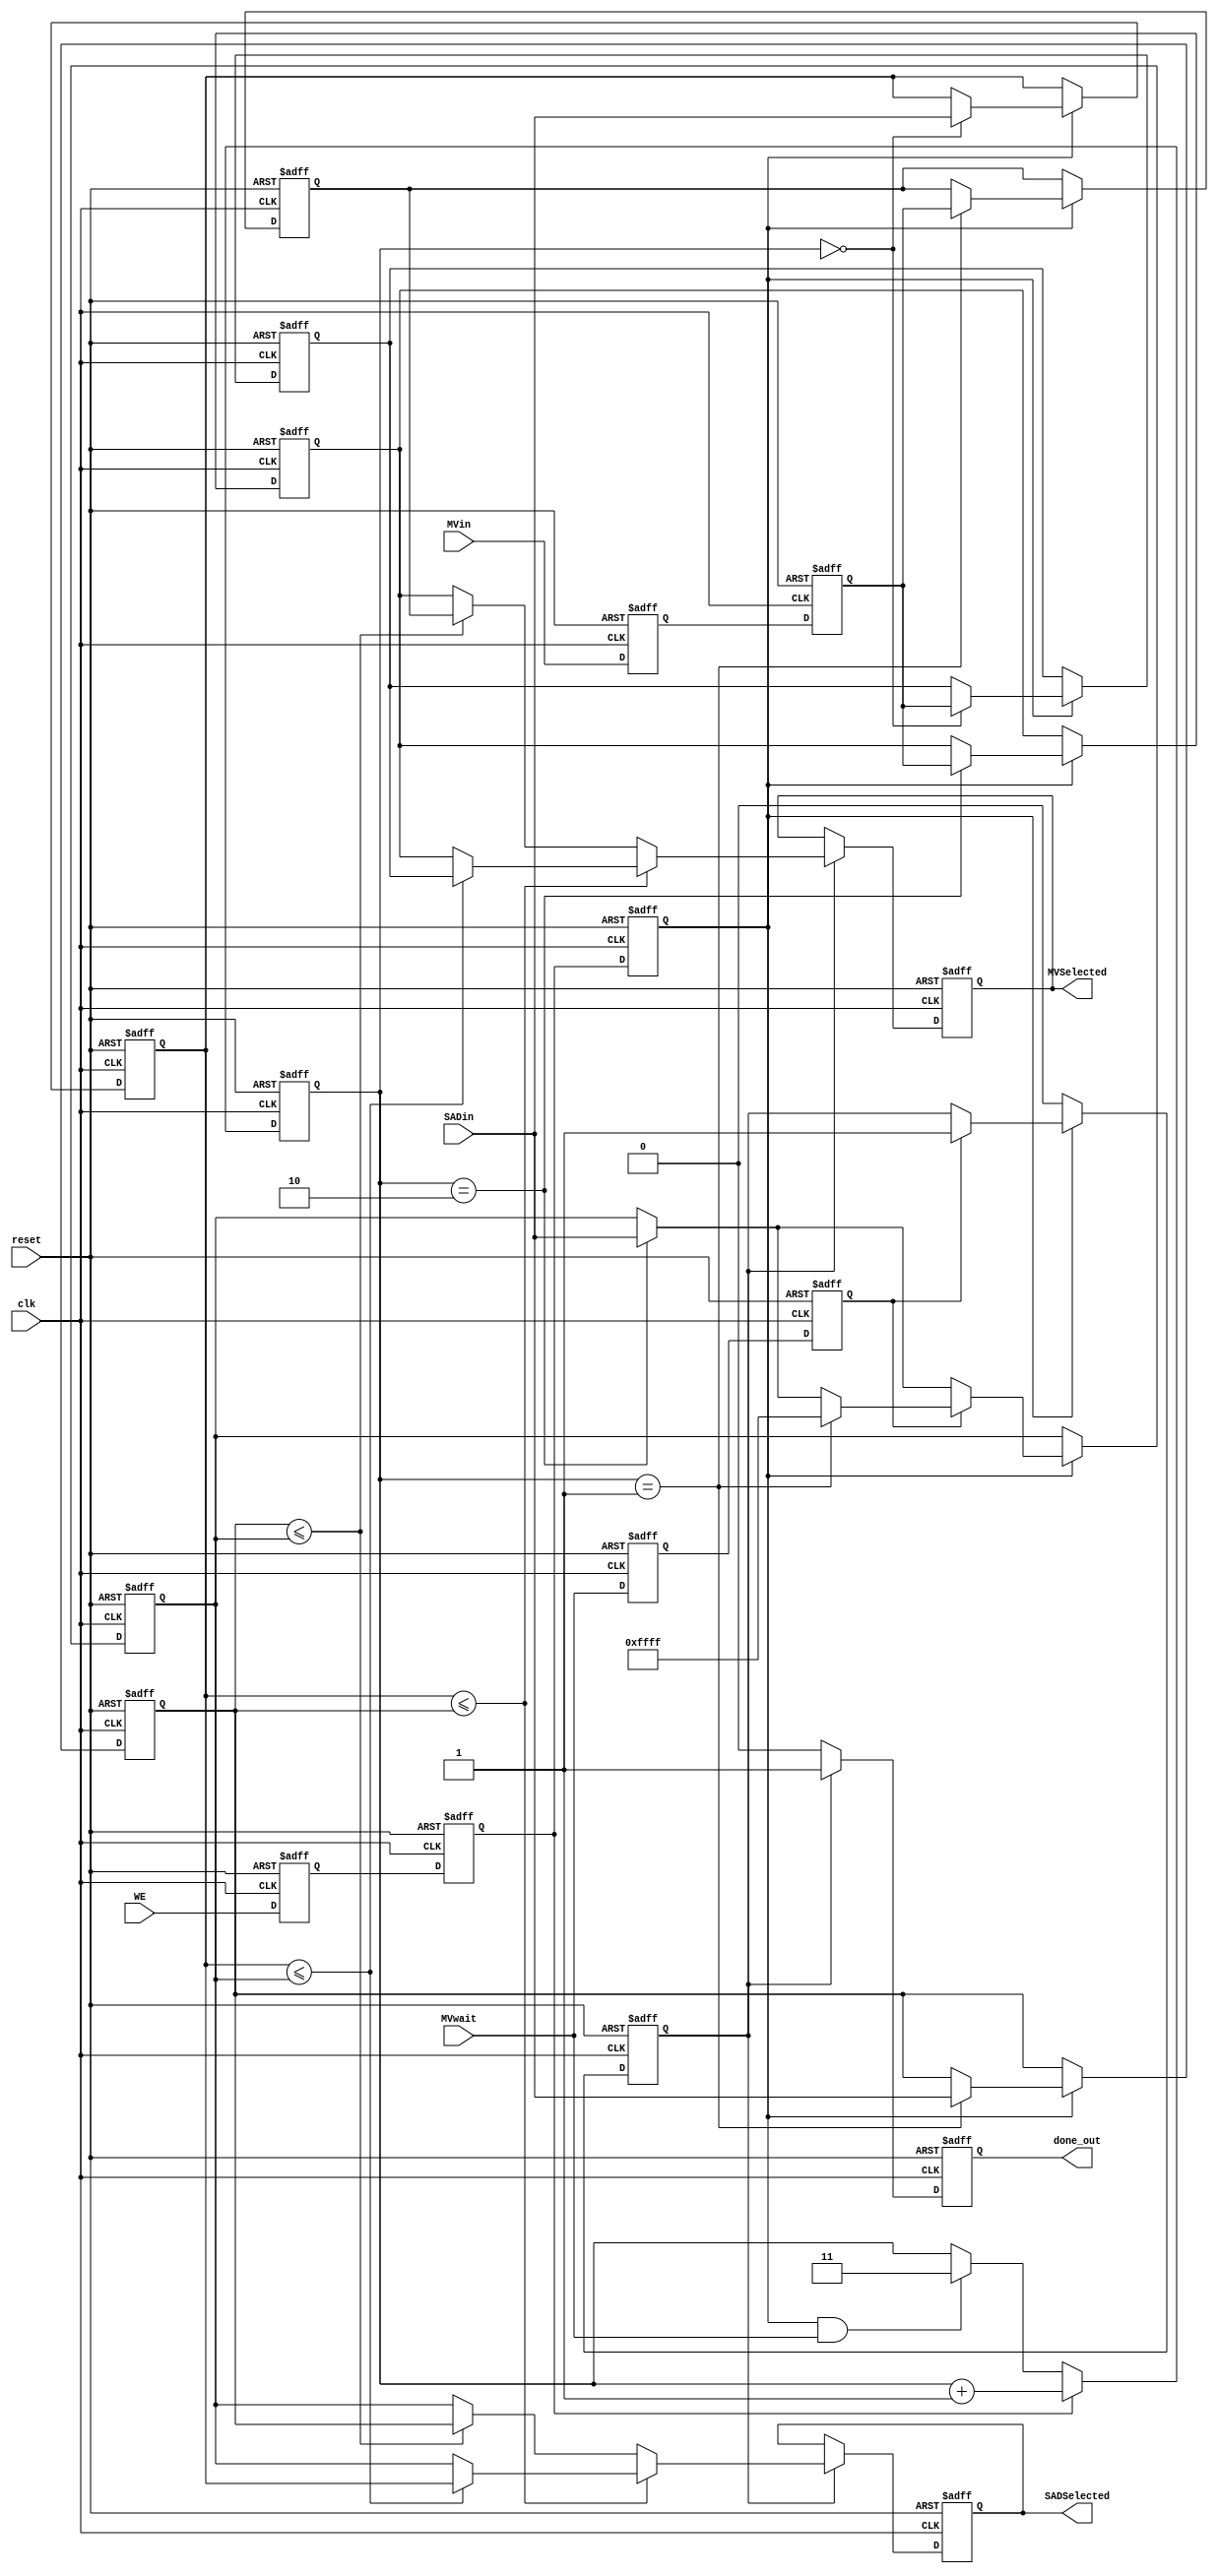
module MV_Selector(clk,reset,WE,SADin,MVin,MVSelected,SADSelected,done_out,MVwait);
input clk,reset,WE,MVwait;
input [15:0] SADin;
input [13:0] MVin;
output reg [15:0] SADSelected;
output reg [13:0] MVSelected;

reg [15:0] SADmin;
reg [13:0] MVmin;

reg [15:0] SADs [2:0];
reg [13:0] MVs [2:0];
reg [1:0] count;

reg WE_delay1, WE_delay2, WE_delay3,MVwait_delay1,MVwait_delay2;
reg [13:0] MV_delay1, MV_delay2, MV_delay3;
reg done;
output reg done_out;

integer i;

always @(posedge clk, posedge reset)
begin
    if (reset)
    begin
        WE_delay1 <= 0;
        WE_delay2 <= 0;
        WE_delay3 <= 0;
        MV_delay1 <= 0;
        MV_delay2 <= 0;
        MV_delay3 <= 0;
		MVwait_delay1 <= 0;
		MVwait_delay2 <= 0;
    end
    else
    begin
       WE_delay1 <= WE;
       WE_delay2 <= WE_delay1;
       WE_delay3 <= WE_delay2;
	   MVwait_delay1 <= MVwait;
	   MVwait_delay2 <= MVwait_delay1;
       MV_delay1 <= MVin;
       MV_delay2 <= MV_delay1;
       MV_delay3 <= MV_delay2;       
    end
end


always @(posedge clk, posedge reset)
begin
   if (reset)
   begin
		SADs[0] <= 16'hFFFF;
        MVs[0] <= 14'b0;
		SADs[1] <= 16'hFFFF;
        MVs[1] <= 14'b0;
		SADs[2] <= 16'hFFFF;
        MVs[2] <= 14'b0;
		done <= 1'b0;
	end
   else if (WE_delay3)
   begin
		SADs[count] <= SADin;
		MVs[count] <= MV_delay2;
		//if (WE_delay2)
		//count <= count + 1;
		//else
		//begin
			if (MVwait_delay2)
			begin
			if (count == 1)
				SADs[2] <= 16'hFFFF;
			//count <= 2'b0;
			done <= 1'b1;
			end
		//end 
   end
   else
      done <= 1'b0;
end

always @(posedge clk, posedge reset)
begin
	if(reset)
		count <= 3;
	else if (WE_delay2)
	begin
		count <= count + 1;
	end
	else if (WE_delay3 && MVwait)
	begin
		count <= 3;
	end
end

always @(posedge clk, posedge reset)
begin
    if (reset)
    begin
        SADSelected <= 0;
        MVSelected <= 0;
		done_out <= 0;
    end
    //else if (count == 2)
    else if (done)
    begin
        SADSelected <= SADmin;
        MVSelected <= MVmin;
		done_out <= 1;
    end
	else
		done_out <= 0;
end

always @(*)
begin
    if (SADs[0] <= SADs[1])
       if (SADs[0] <= SADs[2])
          begin
              SADmin = SADs[0];
              MVmin = MVs[0];
          end
       else
          begin
              SADmin = SADs[2];
              MVmin = MVs[2];
          end
    else
       if (SADs[1]<=SADs[2])
       begin
              SADmin = SADs[1];
              MVmin = MVs[1];
       end
       else
       begin
           SADmin = SADs[2];
           MVmin = MVs[2];
       end
end

endmodule